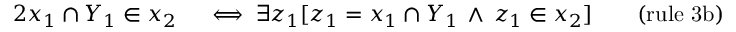
\begin{array} { r l r l } { { 2 } x _ { 1 } \cap Y _ { 1 } \in x _ { 2 } } & { { } \iff \exists z _ { 1 } [ z _ { 1 } = x _ { 1 } \cap Y _ { 1 } \, \land \, z _ { 1 } \in x _ { 2 } ] } & { } & { { } { \mathrm { ( r u l e ~ 3 b ) } } } \end{array}